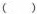
( )